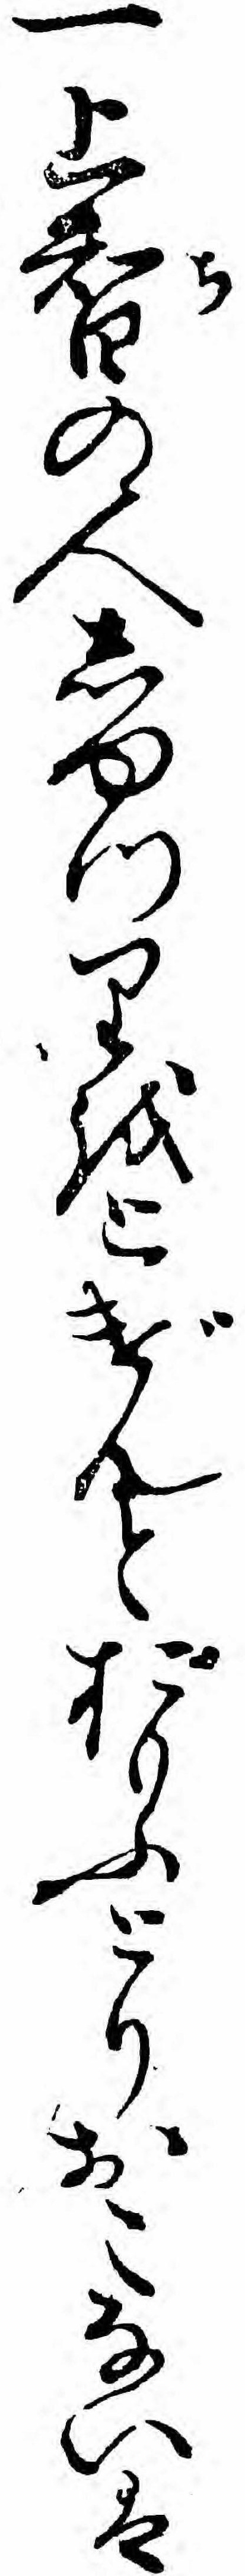
一上智の人しゆつりをとげんとおもふとりおこないは